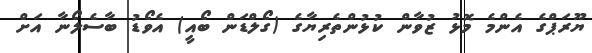
ޔޫރަޕްގެ އެންމެ މޮޅު ޒުވާން ކުޅުންތެރިޔާގެ (ގޯލްޑަން ބޯއީ) އެވޯޑު ބާސެލޯނާ އަށް